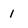
Character: 1